Indian journal of veterinary science and animal husbandry - Volumes 24-25, 1954-1955
Year: 1954
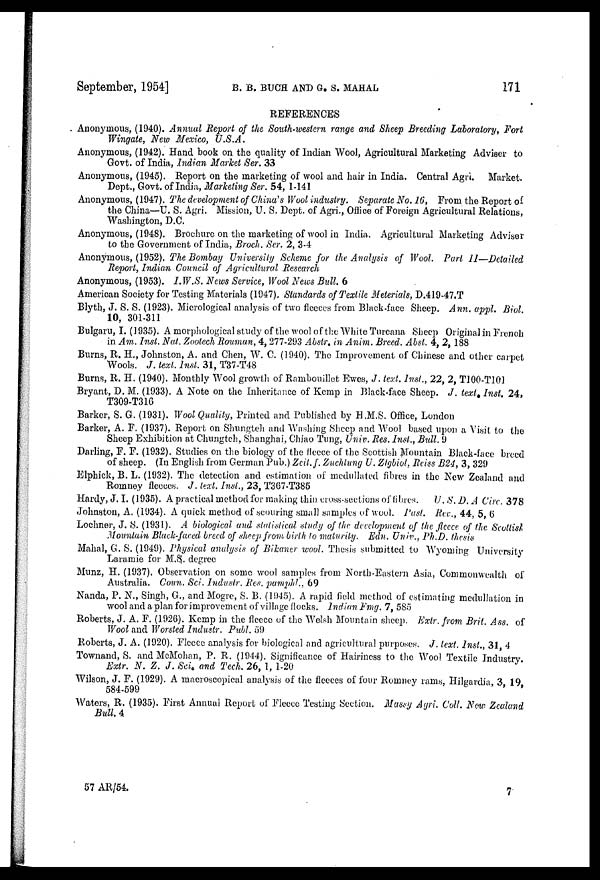
September, 1954]
B.
B.
BUCH
AND
G.
S.
MAHAL
171
REFERENCES
Anonymous, (1940). Annual Report of the South-western range and Sheep Breeding Laboratory, Fort
Wingate, New Mexico, U.S.A.
Anonymous, (1942). Hand book on the quality of Indian Wool, Agricultural Marketing Adviser to
Govt. of India, Indian Market Ser. 33
Anonymous, (1945). Report on the marketing of wool and hair in India. Central Agri.
Market.
Dept., Govt. of India, Marketing Ser. 54, 1-141
Anonymous, (1947). The development of China's Wool industry. Separate No. 16, From the Report of
the China—U. S. Agri. Mission, U. S. Dept. of Agri., Office of Foreign Agricultural Relations,
Washington, D.C.
Anonymous, (1948). Brochure on the marketing of wool in India. Agricultural Marketing Adviser
to the Government of India, Broch. Ser. 2, 3-4
Anonymous, (1952). The Bombay University Scheme for the Analysis of Wool. Part II—Detailed
Report, Indian Council of Agricultural Research
Anonymous, (1953). I.W.S. News Service, Wool News Bull. 6
American Society for Testing Materials (1947). Standards of Textile Meterials, D.419-47.T
Blyth, J. S. S. (1923). Micrological analysis of two fleeces from Black-face Sheep. Ann. appl. Biol.
10, 301-311
Bulgaru, I. (1935). A morphological study of the wool of the White Turcana Sheep Original in French
in Am. Inst. Nat. Zootech Rouman, 4, 277-293 Abstr in Anim. Breed. Abst. 4, 2, 188
Burns, R. H., Johnston, A. and Chen, W. C. (1940). The Improvement of Chinese and other carpet
Wools. J. text. Inst. 31, T37-T48
Burns, R. H. (1940). Monthly Wool growth of Rambouillet Ewes, J. text. Inst., 22, 2, T100-T101
Bryant, D. M. (1933). A Note on the Inheritance of Kemp in Black-face Sheep. J. text Inst. 24,
T309-T316
Barker, S. G. (1931). Wool Quality, Printed and Published by H.M.S. Office, London
Barker, A. F. (1937). Report on Shungteh and Washing Sheep and Wool based upon a Visit to the
Sheep Exhibition at Chungteh, Shanghai, Chiao Tung, Univ. Res. Inst., Bull. 9
Darling, F. F. (1932). Studies on the biology of the fleece of the Scottish Mountain Black-face breed
of sheep. (In English from German Pub.) Zeit. f. Zuchlung U. Zigbiol, Reiss B24, 3, 329
Elphick, B. L. (1932). The detection and estimation of medullated fibres in the New Zealand and
Romney fleeces. J. text. Inst., 23, T367-T385
Hardy, J. I. (1935). A practical method for making thin cross-sections of fibres. U. S. D. A. Circ. 378
Johnston, A. (1934). A quick method of scouring small samples of wool. Past. Rec., 44, 5, 6
Lochner, J. S. (1931). A biological and statistical study of the development of the fleece of the Scottish
Mountain Black-faced breed of sheep from birth to maturity. Edn. Univ., Ph.D. thesis
Mahal, G. S. (1949). Physical analysis of Bikaner wool. Thesis submitted to Wyoming University
Laramie for M.S. degree
Munz, H. (1937). Observation on some wool samples from North-Eastern Asia, Commonwealth of
Australia. Coun. Sci. Industr. Res. pamphl., 69
Nanda, P. N., Singh, G., and Mogre, S. B. (1945). A rapid field method of estimating medullation in
wool and a plan for improvement of village flocks. Indian Fmg. 7, 585
Roberts, J. A. F. (1926). Kemp in the fleece of the Welsh Mountain sheep. Extr. from Brit. Ass. of
Wool and Worsted Industr. Publ. 59
Roberts, J. A. (1920). Fleece analysis for biological and agricultural purposes. J. text. Inst., 31, 4
Townand, S. and McMohan, P. R. (1944). Significance of Hairiness to the Wool Textile Industry.
Extr. N. Z. J. Sci. and Tech. 26, 1, 1-20
Wilson, J. F. (1929). A macroscopical analysis of the fleeces of four Romney rams, Hilgardia, 3, 19,
584-599
Waters, R. (1935). First Annual Report of Fleece Testing Section. Massy Agri. Coll. New Zealand
Bull. 4
57 AR/54.
7